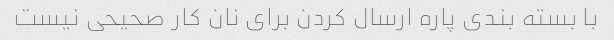
با بسته بندی پاره ارسال کردن برای نان کار صحیحی نیست